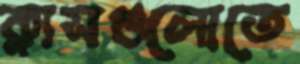
ক্লাসগুলোতে